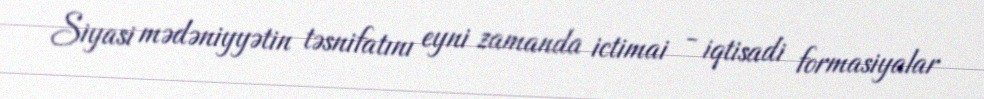
Siyasi mədəniyyətin təsnifatını eyni zamanda ictimai - iqtisadi formasiyalar